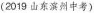
(2019 山东滨州中考)